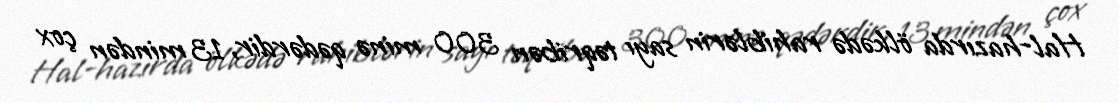
Hal-hazırda ölkədə rahiblərin sayı təqribən 300 minə qədərdir, 13 mindən çox